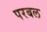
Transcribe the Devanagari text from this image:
परबल